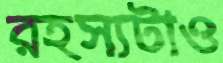
রহস্যটাও